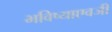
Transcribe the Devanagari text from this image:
भविष्याएवजी